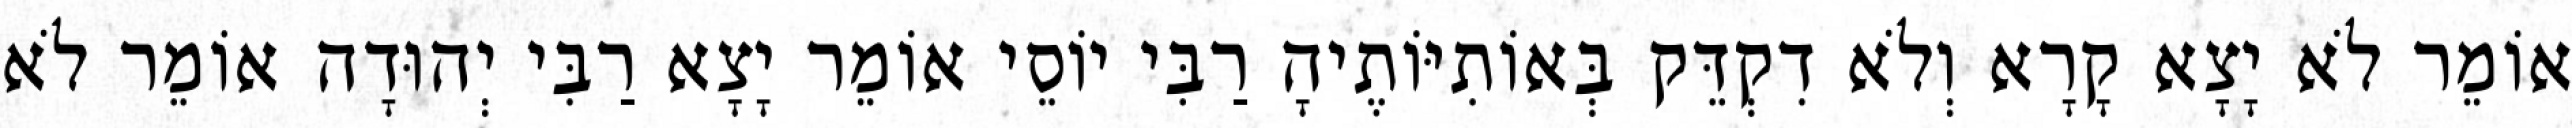
אוֹמֵר לֹא יָצָא קָרָא וְלֹא דִקְדֵּק בְּאוֹתִיּוֹתֶיהָ רַבִּי יוֹסֵי אוֹמֵר יָצָא רַבִּי יְהוּדָה אוֹמֵר לֹא